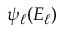
\psi _ { \ell } ( E _ { \ell } )